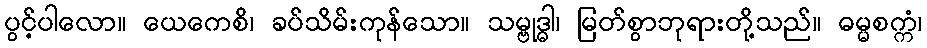
ပွင့်ပါလော။ ယေကေစိ၊ ခပ်သိမ်းကုန်သော။ သမ္ဗုဒ္ဓါ၊ မြတ်စွာဘုရားတို့သည်။ ဓမ္မစက္ကံ၊